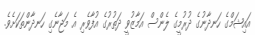
އައިޝަމްގެ ހަނދާނުގެ ދުރުމީގެ ލެންސް އަމާޒުވީ ދަތުރުގެ އުފާވެރި އެ މަޖާނެގި ހަނދާންތަކަށެވެ.